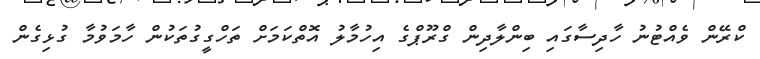
ކްރޭން ވެއްޓުނު ހާދިސާގައި ބިންލާދިން ގްރޫޕްގެ އިހުމާލު އޮތްކަމަށް ތަހްގީގުތަކުން ހާމަވުމާ ގުޅިގެން